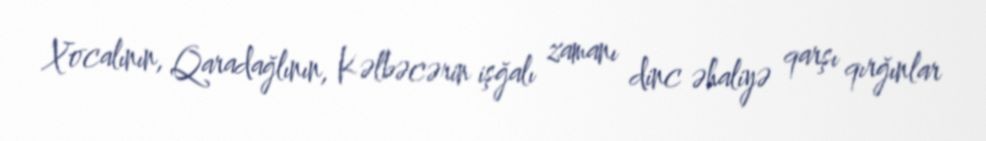
Xocalının, Qaradağlının, Kəlbəcərin işğalı zamanı dinc əhaliyə qarşı qırğınlar